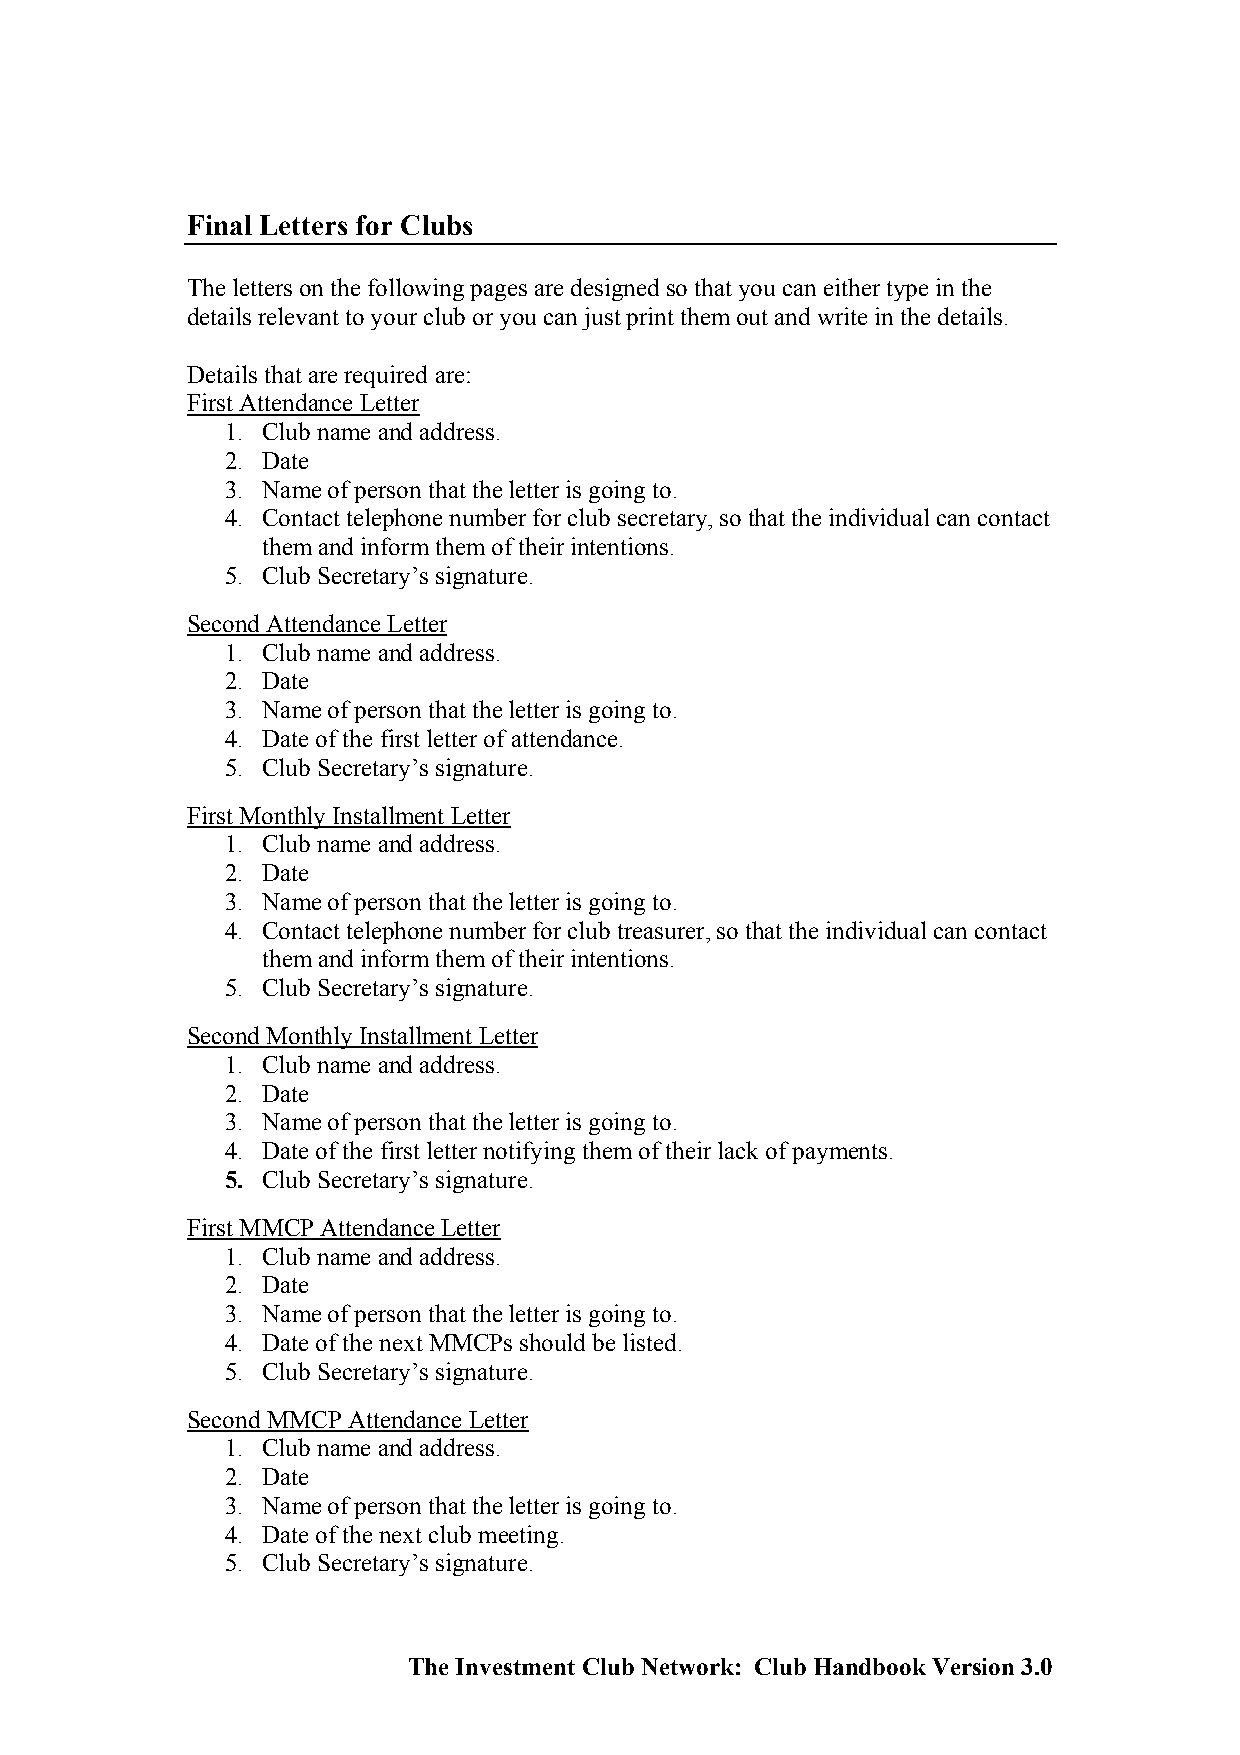
Final Letters for Clubs
 The letters on the following pages are designed so that you can either type in the
 details relevant to your club or you can just print them out and write in the details.
 Details that are required are:
 First Attendance Letter
 1. Club name and address.
 2. Date
 3. Name of person that the letter is going to.
 4. Contact telephone number for club secretary, so that the individual can contact
 them and inform them of their intentions.
 5. Club Secretary’s signature.
 Second Attendance Letter
 1. Club name and address.
 2. Date
 3. Name of person that the letter is going to.
 4. Date of the first letter of attendance.
 5. Club Secretary’s signature.
 First Monthly Installment Letter
 1. Club name and address.
 2. Date
 3. Name of person that the letter is going to.
 4. Contact telephone number for club treasurer, so that the individual can contact
 them and inform them of their intentions.
 5. Club Secretary’s signature.
 Second Monthly Installment Letter
 1. Club name and address.
 2. Date
 3. Name of person that the letter is going to.
 4. Date of the first letter notifying them of their lack of payments.
 5. Club Secretary’s signature.
 First MMCP Attendance Letter
 1. Club name and address.
 2. Date
 3. Name of person that the letter is going to.
 4. Date of the next MMCPs should be listed.
 5. Club Secretary’s signature.
 Second MMCP Attendance Letter
 1. Club name and address.
 2. Date
 3. Name of person that the letter is going to.
 4. Date of the next club meeting.
 5. Club Secretary’s signature.
 The Investment Club Network: Club Handbook Version 3.0